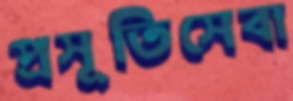
প্রসূতিসেবা